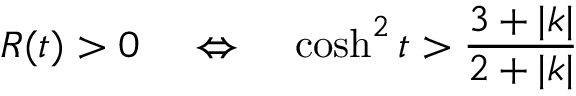
R ( t ) > 0 \; \; \; \; \Leftrightarrow \; \; \; \; \cosh ^ { 2 } t > \frac { 3 + | k | } { 2 + | k | }